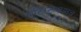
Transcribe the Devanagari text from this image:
एंटिरेट्रोवायरल